Report on lock hospitals in British Burma
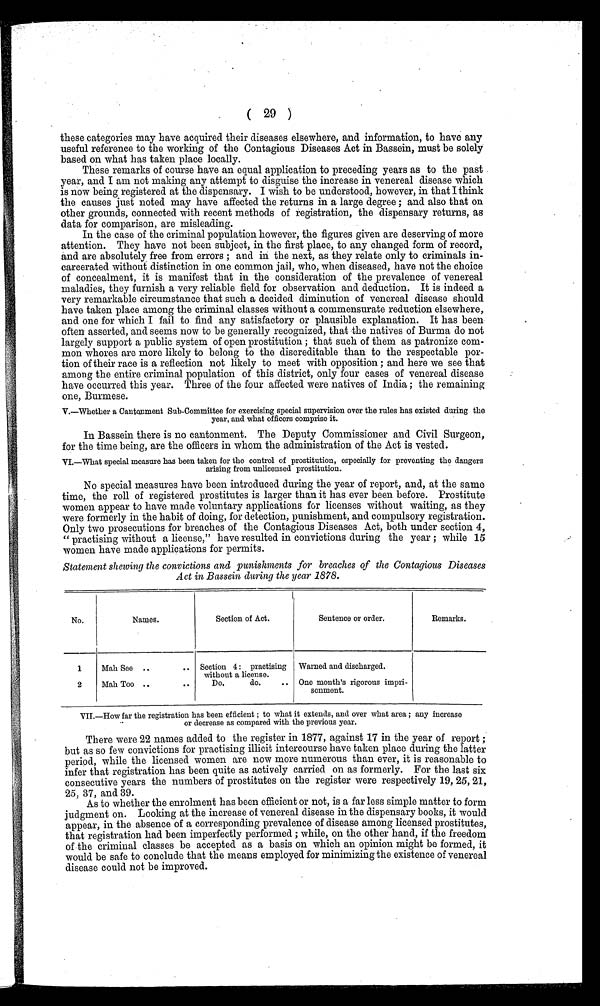
( 29 )
these categories may have acquired their diseases elsewhere, and information, to have any
useful reference to the working of the Contagious Diseases Act in Bassein, must be solely
based on what has taken place locally.
These remarks of course have an equal application to preceding years as to the past
year, and I am not making any attempt to disguise the increase in venereal disease which
is now being registered at the dispensary. I wish to be understood, however, in that I think
the causes just noted may have affected the returns in a large degree ; and also that on
other grounds, connected with recent methods of registration, the dispensary returns, as
data for comparison, are misleading.
In the case of the criminal population however, the figures given are deserving of more
attention. They have not been subject, in the first place, to any changed form of record,
and are absolutely free from errors ; and in the next, as they relate only to criminals in-
carcerated without distinction in one common jail, who, when diseased, have not the choice
of concealment, it is manifest that in the consideration of the prevalence of venereal
maladies, they furnish a very reliable field for observation and deduction. It is indeed a
very remarkable circumstance that such a decided diminution of venereal disease should
have taken place among the criminal classes without a commensurate reduction elsewhere,
and one for which I fail to find any satisfactory or plausible explanation. It has been
often asserted, and seems now to be generally recognized, that the natives of Burma do not
largely support a public system of open prostitution ; that such of them as patronize com-
mon whores are more likely to belong to the discreditable than to the respectable por-
-tion of their race is a reflection not likely to meet with opposition ; and here we see that
among the entire criminal population of this district, only four cases of venereal disease
have occurred this year. Three of the four affected were natives of India ; the remaining
one, Burmese.
V.—Whether a Cantonment Sub-Committee for exercising special supervision over the rules has existed during the
year, and what officers comprise it.
In Bassein there is no cantonment. The Deputy Commissioner and Civil Surgeon,
for the time being, are the officers in whom the administration of the Act is vested.
VI.—What special measure has been taken for the control of prostitution, especially for preventing the dangers
arising from unlicensed prostitution.
No special measures have been introduced during the year of report, and, at the same
time, the roll of registered prostitutes is larger than it has ever been before. Prostitute
women appear to have made voluntary applications for licenses without waiting, as they
were formerly in the habit of doing, for detection, punishment, and compulsory registration.
Only two prosecutions for breaches of the Contagious Diseases Act, both under section 4,
" practising without a license," have resulted in convictions during the year ; while 15
women have made applications for permits.
Statement shewing the convictions and punishments for breaches of the Contagious Diseases
Act in Bassein during the year 1878.
No.
Names.
Section of Act.
Sentence or order.
Remarks.
1
Mah See ..
.. Section 4 : practising
without a license.
Warned and discharged.
2
Mah Too .
..
Do.
do.
.. One month's rigorous impri-
sonment.
VII.—How far the registration has been efficient ; to what it extends, and over what area ; any increase
or decrease as compared with the previous year.
There were 22 names added to the register in 1877, against 17 in the year of report ;
but as so few convictions for practising illicit intercourse have taken place during the latter
period, while the licensed women are now more numerous than ever, it is reasonable to
infer that registration has been quite as actively carried on as formerly. For the last six
consecutive years the numbers of prostitutes on the register were respectively 19, 25, 21,
25, 37, and 39.
As to whether the enrolment has been efficient or not, is a far less simple matter to form
judgment on. Looking at the increase of venereal disease in the dispensary books, it would
appear, in the absence of a corresponding prevalence of disease among licensed prostitutes,
that registration had been imperfectly performed ; while, on the other hand, if the freedom
of the criminal classes be accepted as a basis on which an opinion might be formed, it
would be safe to conclude that the means employed for minimizing the existence of venereal
disease could not be improved.